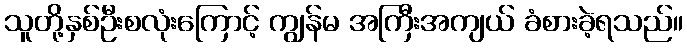
သူတို့နှစ်ဦးစလုံးကြောင့် ကျွန်မ အကြီးအကျယ် ခံစားခဲ့ရသည်။